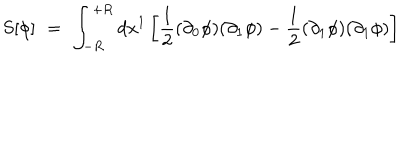
S [ \phi ] \, \, = \, \, \int _ { - R } ^ { + R } d x ^ { 1 } \left[ \frac { 1 } { 2 } ( \partial _ { 0 } \phi ) ( \partial _ { 1 } \phi ) - \frac { 1 } { 2 } ( \partial _ { 1 } \phi ) ( \partial _ { 1 } \phi ) \right]